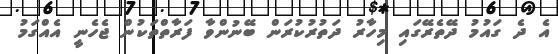
އެ ދެ ގައުމު ދޭތެރޭގައި މިހާރު ދަތުރުކުރަން ބޭނުންވާ ފަރާތްތަކުން ޖެހެނީ އެއްގަމު